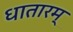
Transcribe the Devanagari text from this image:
धातारम्